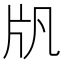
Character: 𤖫